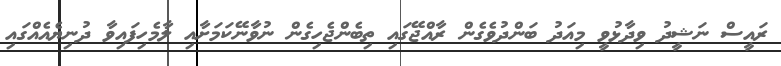
ރައީސް ނަޝީދު ވިދާޅުވީ މިއަދު ބަންދުވެގެން ރާއްޖޭގައި ތިބެންޖެހިގެން ނުވާނޭކަމަށާއި ލާމެހިފައިވާ ދުނިޔެއެއްގައި